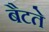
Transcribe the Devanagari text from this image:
बैटते